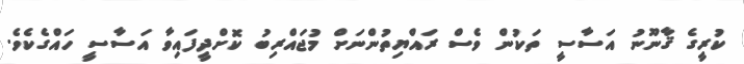
ކުރީގެ ޤާނޫނު އަސާސީ ތަކުން ވެސް ރައްޔިތުންނަށް މުޖައްރިބު ކޮށްދީފައިވާ އަސާސީ ހައްގެކެވެ.